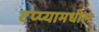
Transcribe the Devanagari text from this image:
टप्प्यामधील